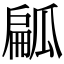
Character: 㼐